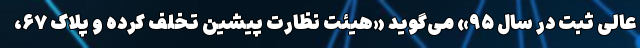
عالی ثبت در سال ۹۵» می‌گوید «هیئت نظارت پیشین تخلف کرده و پلاک ۶۷،